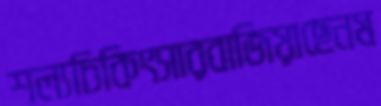
শল্যচিকিৎসারবাজিয়াছেনম